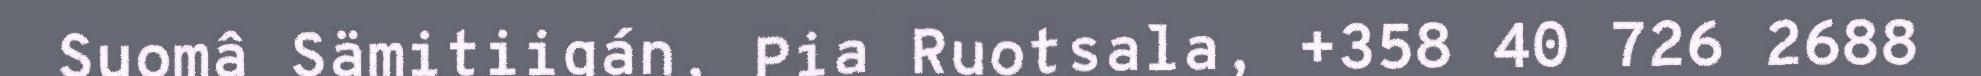
Suomâ Sämitiigán, Pia Ruotsala, +358 40 726 2688